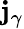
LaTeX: \mathbf{j}_{\gamma}